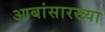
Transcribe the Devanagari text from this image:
आबांसारख्या